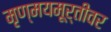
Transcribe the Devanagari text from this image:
मृण्मयमूर्तीवर